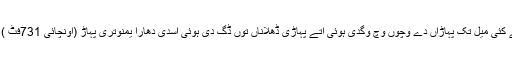
اپنے منبع ولوں اگے کئی میل تکّ پہاڑاں دے وچوں وچ وگدی ہوئی اتے پہاڑی ڈھلاناں توں ڈگ دی ہوئی اسدی دھارا یمنوتری پہاڑ (اونچائی 731فٹ ) توں ظاہر ہندی اے۔